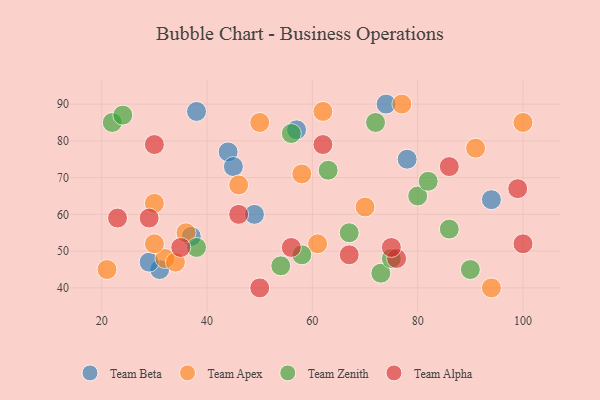
{"axis": {"x": "GDP", "y": "Life Expectancy"}, "legend": ["Team Alpha", "Team Apex", "Team Beta", "Team Zenith"], "data": [{"x": "44", "y": 77, "type": "Team Beta"}, {"x": "31", "y": 45, "type": "Team Beta"}, {"x": "78", "y": 75, "type": "Team Beta"}, {"x": "94", "y": 64, "type": "Team Beta"}, {"x": "74", "y": 90, "type": "Team Beta"}, {"x": "49", "y": 60, "type": "Team Beta"}, {"x": "45", "y": 73, "type": "Team Beta"}, {"x": "57", "y": 83, "type": "Team Beta"}, {"x": "29", "y": 47, "type": "Team Beta"}, {"x": "38", "y": 88, "type": "Team Beta"}, {"x": "37", "y": 54, "type": "Team Beta"}, {"x": "61", "y": 52, "type": "Team Apex"}, {"x": "62", "y": 88, "type": "Team Apex"}, {"x": "50", "y": 85, "type": "Team Apex"}, {"x": "94", "y": 40, "type": "Team Apex"}, {"x": "21", "y": 45, "type": "Team Apex"}, {"x": "70", "y": 62, "type": "Team Apex"}, {"x": "32", "y": 48, "type": "Team Apex"}, {"x": "36", "y": 55, "type": "Team Apex"}, {"x": "34", "y": 47, "type": "Team Apex"}, {"x": "77", "y": 90, "type": "Team Apex"}, {"x": "30", "y": 52, "type": "Team Apex"}, {"x": "30", "y": 63, "type": "Team Apex"}, {"x": "58", "y": 71, "type": "Team Apex"}, {"x": "91", "y": 78, "type": "Team Apex"}, {"x": "100", "y": 85, "type": "Team Apex"}, {"x": "46", "y": 68, "type": "Team Apex"}, {"x": "80", "y": 65, "type": "Team Zenith"}, {"x": "73", "y": 44, "type": "Team Zenith"}, {"x": "67", "y": 55, "type": "Team Zenith"}, {"x": "58", "y": 49, "type": "Team Zenith"}, {"x": "75", "y": 48, "type": "Team Zenith"}, {"x": "38", "y": 51, "type": "Team Zenith"}, {"x": "22", "y": 85, "type": "Team Zenith"}, {"x": "72", "y": 85, "type": "Team Zenith"}, {"x": "90", "y": 45, "type": "Team Zenith"}, {"x": "54", "y": 46, "type": "Team Zenith"}, {"x": "82", "y": 69, "type": "Team Zenith"}, {"x": "63", "y": 72, "type": "Team Zenith"}, {"x": "24", "y": 87, "type": "Team Zenith"}, {"x": "86", "y": 56, "type": "Team Zenith"}, {"x": "56", "y": 82, "type": "Team Zenith"}, {"x": "23", "y": 59, "type": "Team Alpha"}, {"x": "67", "y": 49, "type": "Team Alpha"}, {"x": "56", "y": 51, "type": "Team Alpha"}, {"x": "99", "y": 67, "type": "Team Alpha"}, {"x": "29", "y": 59, "type": "Team Alpha"}, {"x": "76", "y": 48, "type": "Team Alpha"}, {"x": "30", "y": 79, "type": "Team Alpha"}, {"x": "86", "y": 73, "type": "Team Alpha"}, {"x": "50", "y": 40, "type": "Team Alpha"}, {"x": "100", "y": 52, "type": "Team Alpha"}, {"x": "62", "y": 79, "type": "Team Alpha"}, {"x": "75", "y": 51, "type": "Team Alpha"}, {"x": "46", "y": 60, "type": "Team Alpha"}, {"x": "35", "y": 51, "type": "Team Alpha"}]}